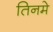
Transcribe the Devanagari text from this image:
तिनमे